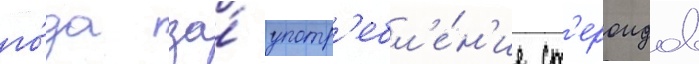
го́да за́ употр'ебл'е́н'ие ст'ероидов